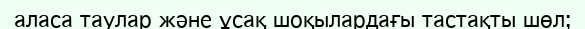
аласа таулар және ұсақ шоқылардағы тастақты шөл;